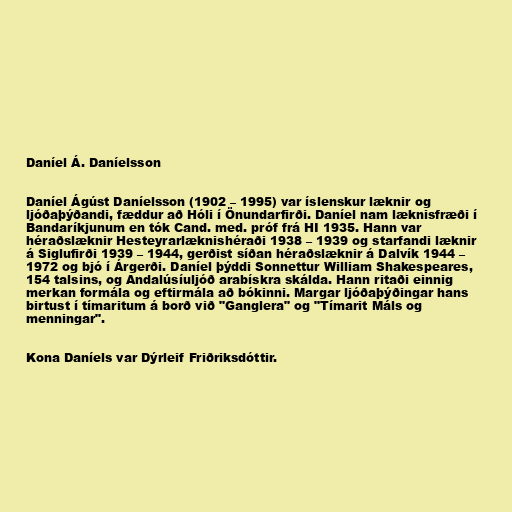
Daníel Á. Daníelsson

Daníel Ágúst Daníelsson (1902 – 1995) var íslenskur læknir og
ljóðaþýðandi, fæddur að Hóli í Önundarfirði. Daníel nam læknisfræði í
Bandaríkjunum en tók Cand. med. próf frá HI 1935. Hann var
héraðslæknir Hesteyrarlæknishéraði 1938 – 1939 og starfandi læknir
á Siglufirði 1939 – 1944, gerðist síðan héraðslæknir á Dalvík 1944 –
1972 og bjó í Árgerði. Daníel þýddi Sonnettur William Shakespeares,
154 talsins, og Andalúsíuljóð arabískra skálda. Hann ritaði einnig
merkan formála og eftirmála að bókinni. Margar ljóðaþýðingar hans
birtust í tímaritum á borð við "Ganglera" og "Tímarit Máls og
menningar".

Kona Daníels var Dýrleif Friðriksdóttir.